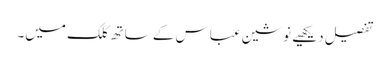
تفصیل دیکھیے نوشین عباس کے ساتھ کلک میں۔